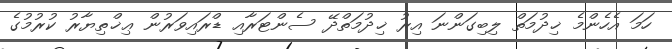
ހަމަ އެހެންމެ ޚިދުމަތް ލިބިގަންނަ އިރު ޚިދުމަތްދޭ ސެންޓަރާއި ޑްރައިވަރުން ޢިޚްތިޔާރު ކުރުމުގެ